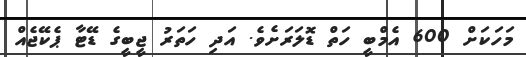
މަހަކަށް 600 އެމްބީ ހަތް ޑޮލަރަށެވެ. އަދި ހަތަރު ޖީބީގެ ޑޭޓާ ޕެކޭޖެއް